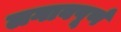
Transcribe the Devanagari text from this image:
लगावपूर्ण